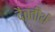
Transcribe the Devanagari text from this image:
दैवतीर्थ